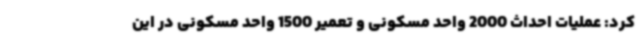
کرد: عملیات احداث 2000 واحد مسکونی و تعمیر 1500 واحد مسکونی در این